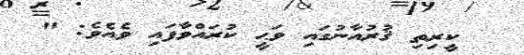
ކީރިތި ޤުރުއާނުގައި ވަޙީީ ކުރައްވާފައި ވެއެވެ: "